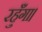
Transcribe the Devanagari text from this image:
रहुँगा।